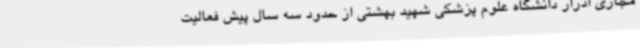
مجاری ادرار دانشگاه علوم پزشکی شهید بهشتی از حدود سه سال پیش فعالیت